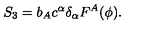
S _ { 3 } = b _ { A } c ^ { \alpha } \delta _ { \alpha } F ^ { A } ( \phi ) .